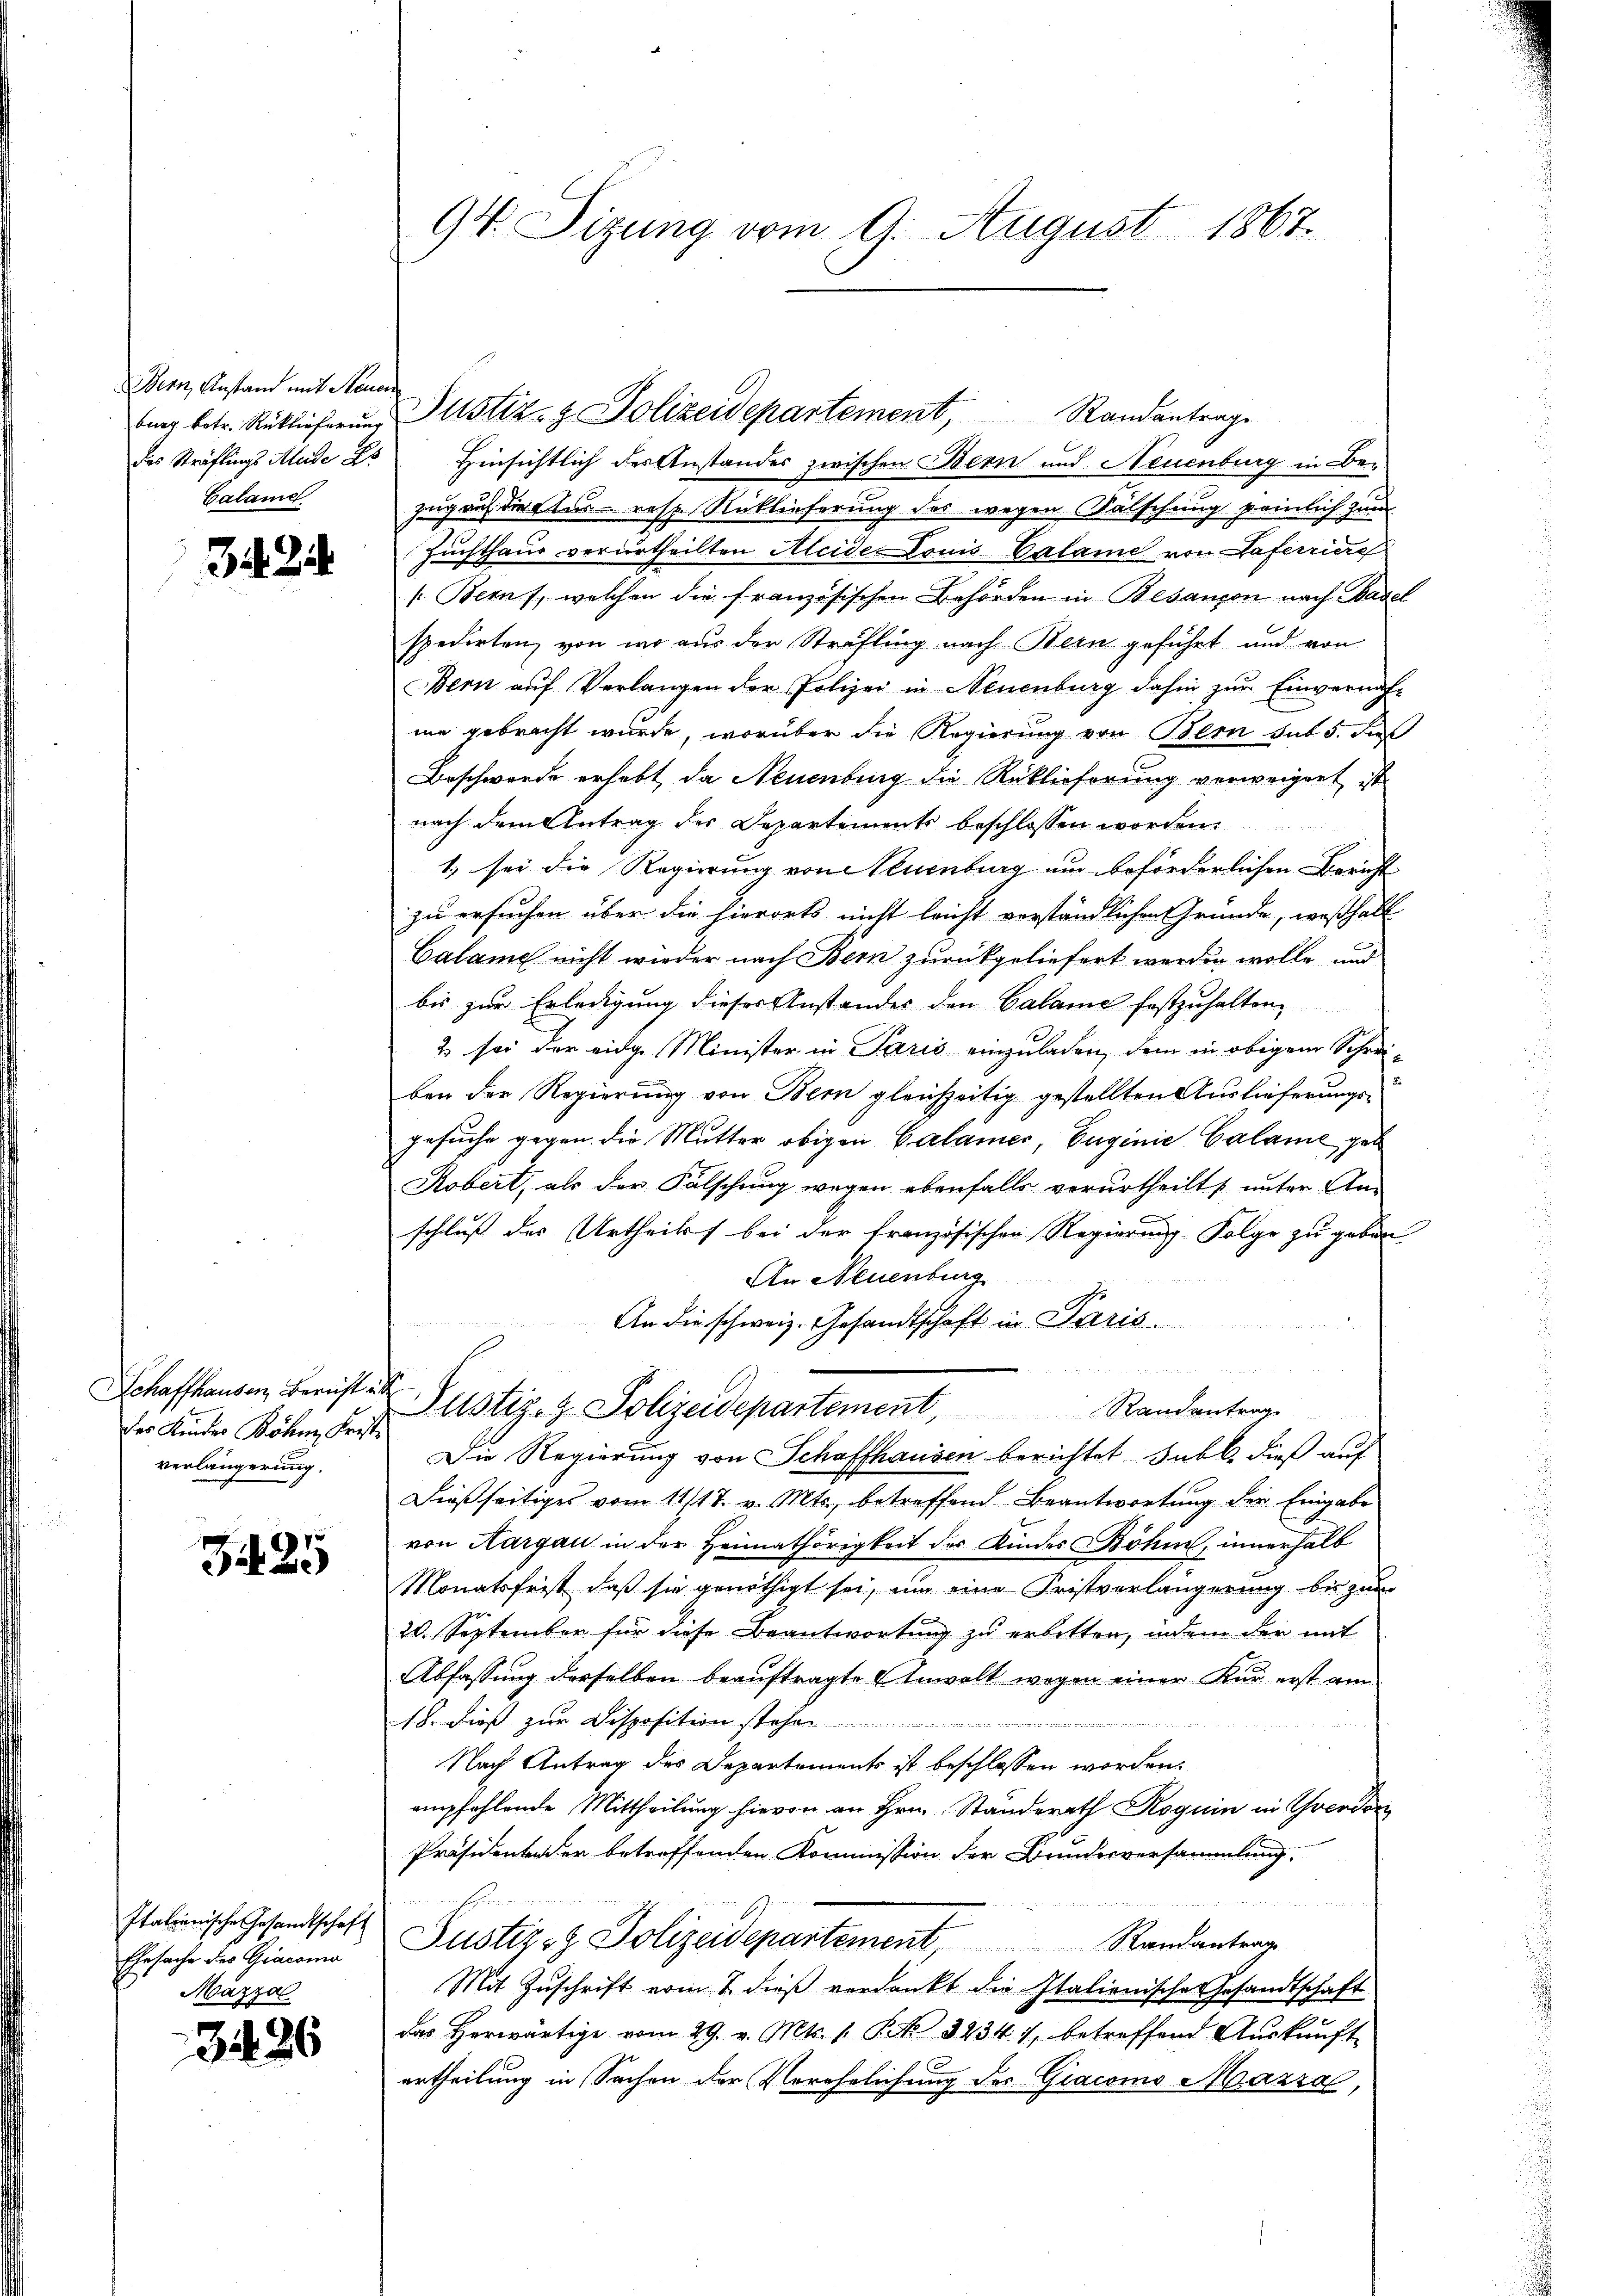
Bern, Anstand mit Steuer
Calame

32

Schaffhausen, Bericht
des Kindes Böhm, Frist.
verlängerung.

G 25

Italienische Gesandtschaft
Ehesache des Giacono
Mäzza

3426

94. Sitzung vom 9. August 1867.

des Sträflings Aleide L. Hinsichtlich der Anstandes zwischen Bern und Neuenburg in Bezug auf die Aus- resp. Rücklieferung des wegen Fälschung peinlich zum
Zuchthaus verurtheilten Aleide Louis Calame von Haferriere
(Berns, welchen die französischen Behörden in Besançon nach Bader
spedirten, von wo aus der Sträfling nach Bern geführt und von
Bern auf Verlangen der Polizei in Neuenburg dahin zur Einvernahme gebracht wurde, worüber die Regierung von Bern sub 5. dies
Beschwerde erhebt, da Neuenburg die Rücklieferung verweigent ist
nach dem Antrag des Departements beschlossen worden
1) sei die Regierung von Neuenburg um beförderlichen Bericht
zu ersuchen über die hierorts nicht leicht verständlichen Gründe, weßhalb
Calame nicht wieder nach Bern zurückgeliefert werden wolle, und
bis zur Erledigung dieses Anstandes den Calame festzuhalten
2 sei der eidge Minister in Paris einzuladen, dem in obigem Schreiben der Regierung von Bern gleichzeitig gestellten Auslieferungsgesuche gegen die Mutter obigen Calamer, Euginie Calame geb
Kobert, als der Falschung wegen ebenfalls verurtheilt, unter An-
schluß des Urtheils bei der französischen Regierung. Folge zu geben
An Neuenburg
An die schweiz. Gesandtschaft in Paris.

f
Justiz-Z. Polizeidepartement, Randantrag
Die Regierung von Schaffhausen berichtet subl. dieß auf
Dieβseitiges vom 11/17. v. Mts., betreffend Beantwortŭng der Eingabe
von Aargau in der Heimathörigkeit des Kindes Böhm, innerhalb
Monatsfrist, daß sie genöthigt sei, um eine Fristverlängerung bis zum
20. September für diese Beantwortung zu erbitten, indem der mit
Abfassung derselben beauftragte Anwalt wegen einer Kur erst am
18. dieß zur Dispositionsstehen
Nach Antrag des Departements ist beschlossen worden.
empfehlende Mittheilung hievon an Hrn. Ständerath Roguin in Chrorden
Präsidenten er betreffenden Kommission der Bundesversammlung.
e 14
Justiz- & Polizeidepartement,
Randantrage
Mit Zŭschrift vom 2. dieβ verdankt die Italienische Gesandtschaft
das herwärtige vom 29. v. Mts. 1. P. Nr. 3234. 7, betreffend Auskunft
ertheilung in Sachen der Verehelichung des Giacomo Mazza,

burg betr. Rücklieferung Justiz- & Polizeidepartement, Randantrage